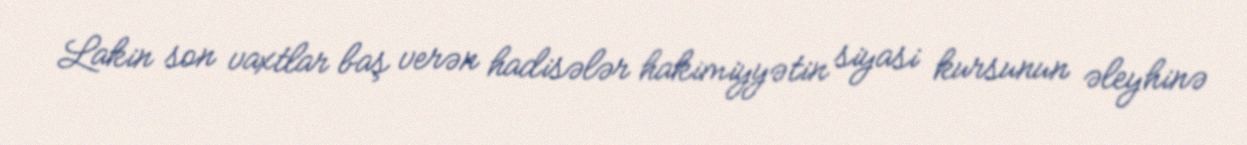
Lakin son vaxtlar baş verən hadisələr hakimiyyətin siyasi kursunun əleyhinə